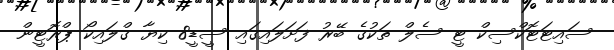
ސައިޓަޓޮކްސިކް ޓީ ސެލް ތަކުގެ ބޭރު ފަށަލައިގައި ސީޑީ8 ކިޔާ ގްލައިކޯ ޕްރޮޓީން